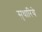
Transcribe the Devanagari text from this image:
सुधारिये